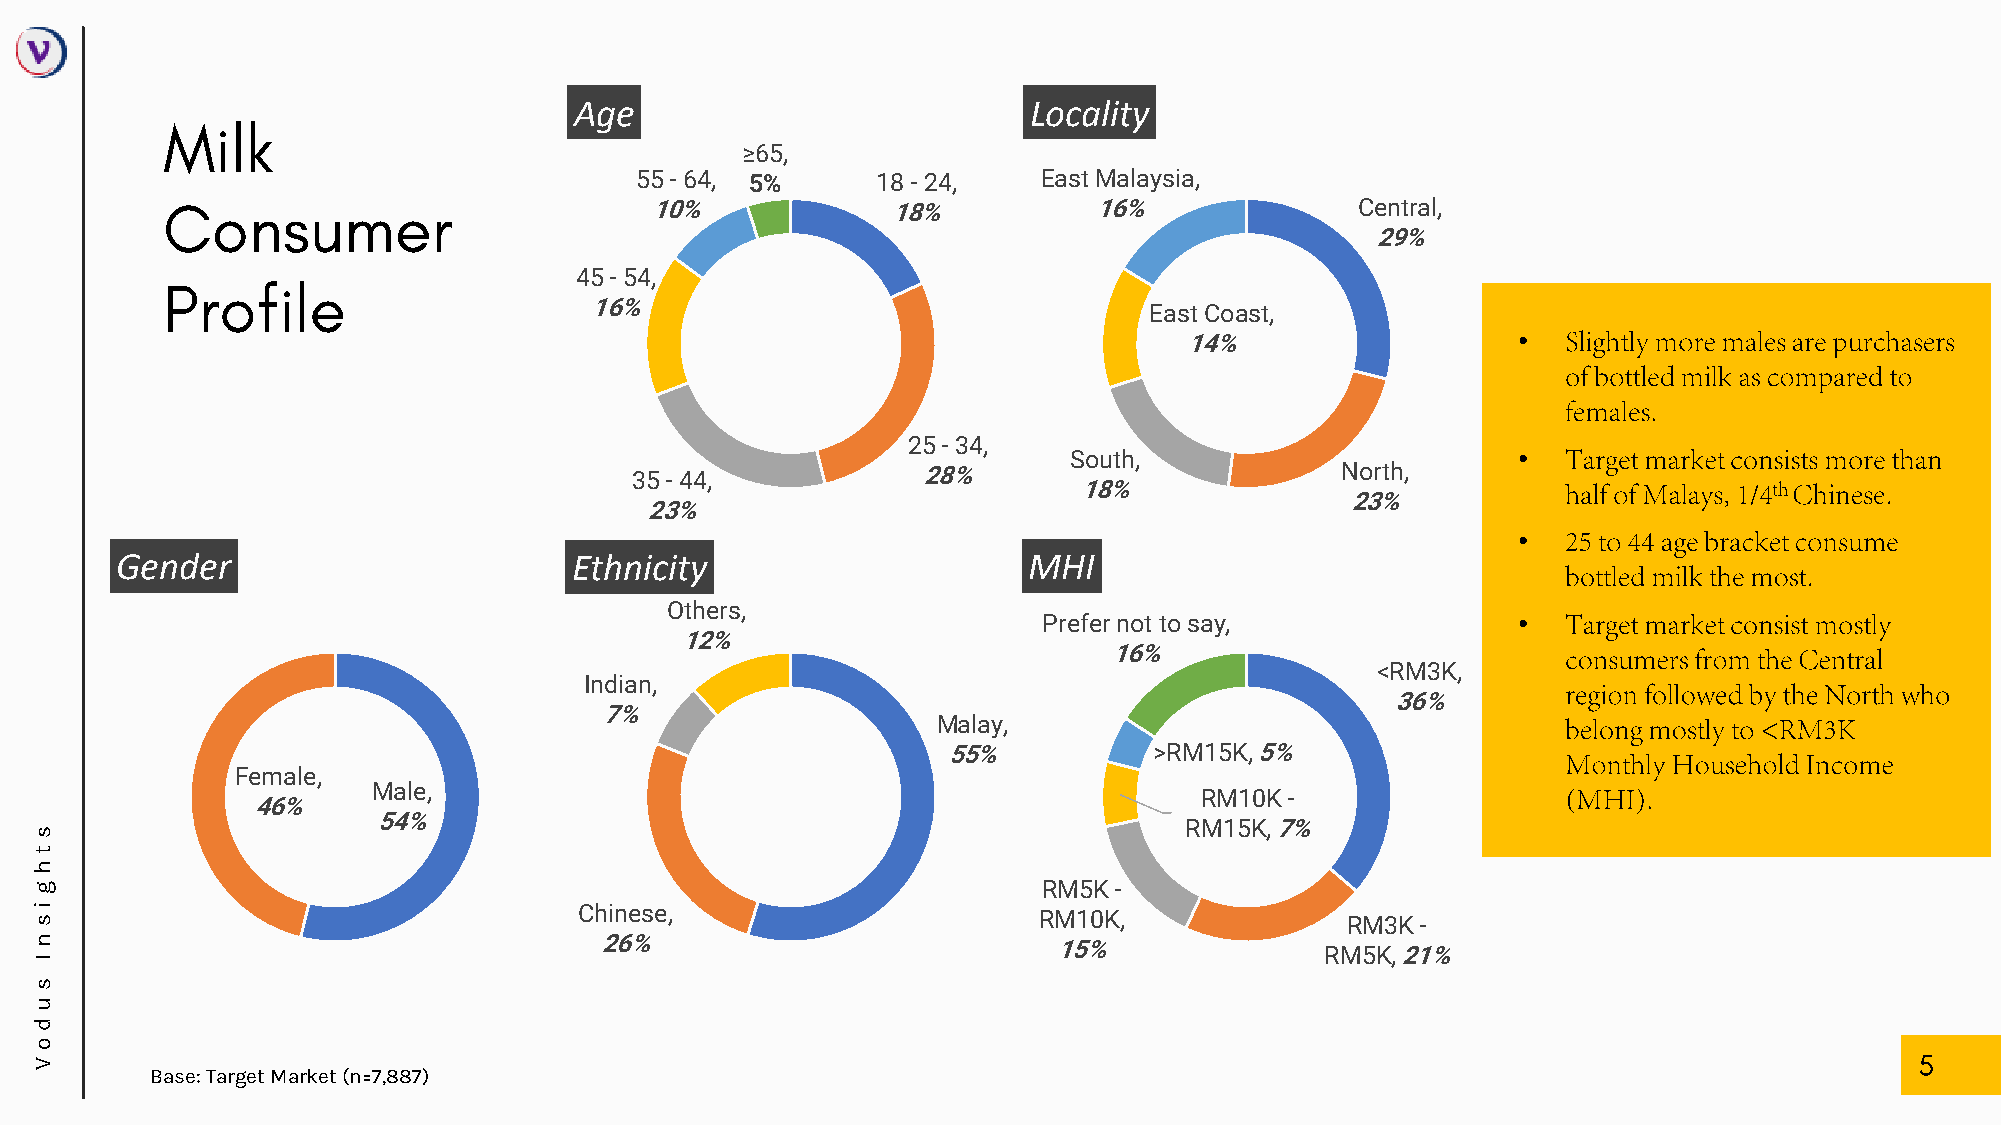
Age                           Locality
 ≥65,
 55 -64, 5%      18 -24,    East Malaysia,
 10%             18%          16%               Central,
 29%
 45 -54,
 16%
 East Coast,
 14%                   •
 25 -34,
 South,                       •
 35 -44,            28%                         North,
 18%
 23%
 23%
 •
 Gender                        Ethnicity                     MHI
 Others,
 Prefer not to say,             •
 12%
 16%
 <RM3K,
 Indian,
 36%
 7%
 Malay,
 55%          >RM15K, 5%
 Female,
 Male,                                                 RM10K -
 46%
 54%                                                  RM15K, 7%
 s
 t
 h
 g                                                                  RM5K -
 i s                                 Chinese,                       RM10K,              RM3K -
 n                                     26%                           15%
 RM5K, 21%
 I
 s
 u
 d
 o
 V
 Base: Target Market (n=7,887)